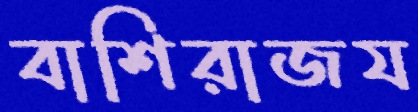
বাশিরাজয